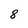
Character: 8